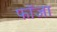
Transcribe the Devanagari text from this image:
फॉजा